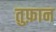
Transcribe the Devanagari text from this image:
तुफ़ान